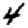
Digit: 4